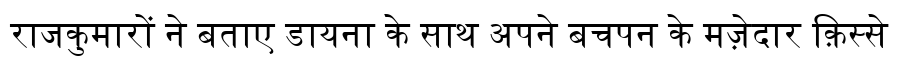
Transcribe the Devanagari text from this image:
राजकुमारों ने बताए डायना के साथ अपने बचपन के मज़ेदार क़िस्से